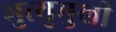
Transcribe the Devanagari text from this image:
मुत्युमुखी